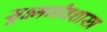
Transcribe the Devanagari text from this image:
सुक्ष्मजीवशास्त्र